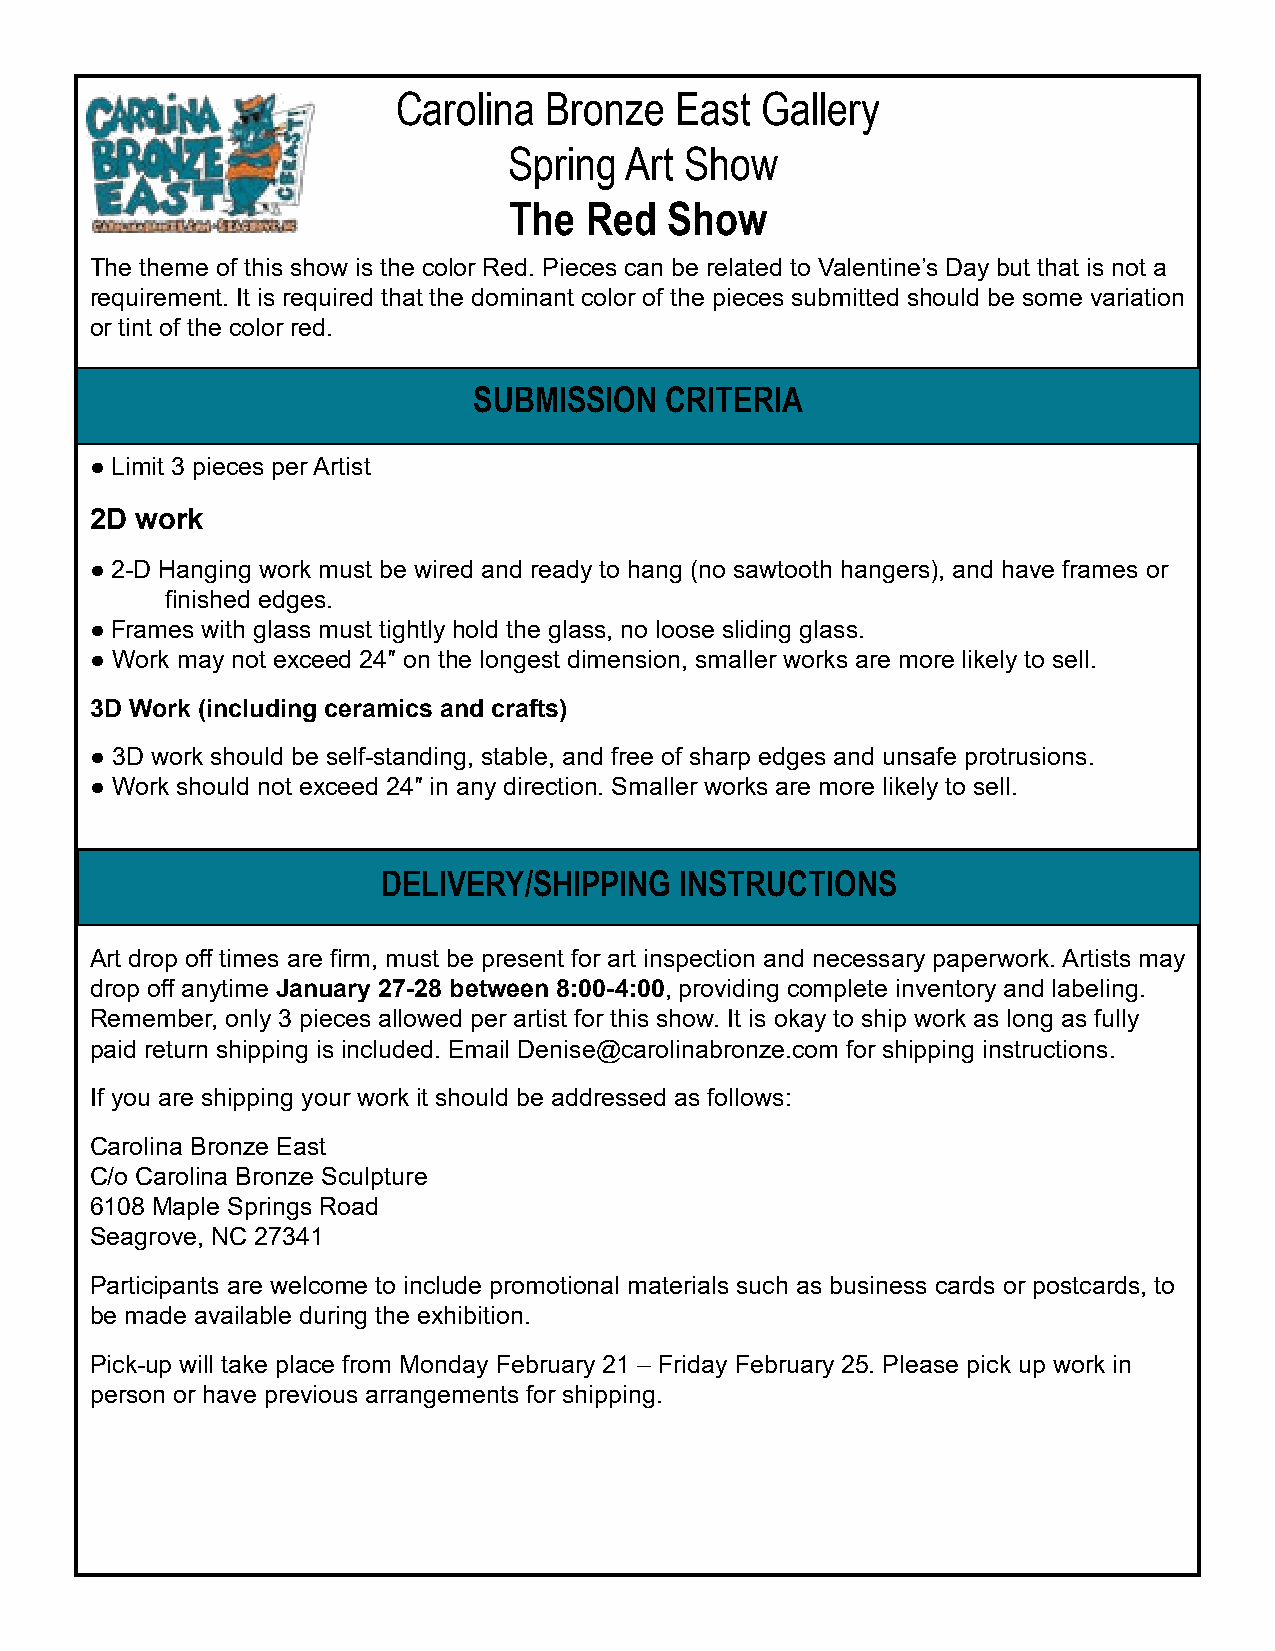
Carolina  Bronze   East Gallery
 Spring Art Show
 The  Red  Show
 The theme of this show is the color Red. Pieces can be related to Valentine’s Day but that is not a
 requirement. It is required that the dominant color of the pieces submitted should be some variation
 or tint of the color red.
 SUBMISSION   CRITERIA
 ● Limit 3 pieces per Artist
 2D work
 ● 2-D Hanging work must be wired and ready to hang (no sawtooth hangers), and have frames or
 finished edges.
 ● Frames with glass must tightly hold the glass, no loose sliding glass.
 ● Work may not exceed 24″ on the longest dimension, smaller works are more likely to sell.
 3D Work (including ceramics and crafts)
 ● 3D work should be self-standing, stable, and free of sharp edges and unsafe protrusions.
 ● Work should not exceed 24″ in any direction. Smaller works are more likely to sell.
 DELIVERY/SHIPPING   INSTRUCTIONS
 Art drop off times are firm, must be present for art inspection and necessary paperwork. Artists may
 drop off anytime January 27-28 between 8:00-4:00, providing complete inventory and labeling.
 Remember, only 3 pieces allowed per artist for this show. It is okay to ship work as long as fully
 paid return shipping is included. Email Denise@carolinabronze.com for shipping instructions.
 If you are shipping your work it should be addressed as follows:
 Carolina Bronze East
 C/o Carolina Bronze Sculpture
 6108 Maple Springs Road
 Seagrove, NC 27341
 Participants are welcome to include promotional materials such as business cards or postcards, to
 be made available during the exhibition.
 Pick-up will take place from Monday February 21 – Friday February 25. Please pick up work in
 person or have previous arrangements for shipping.